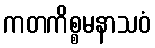
ကတကိစ္စမနာသဝံ